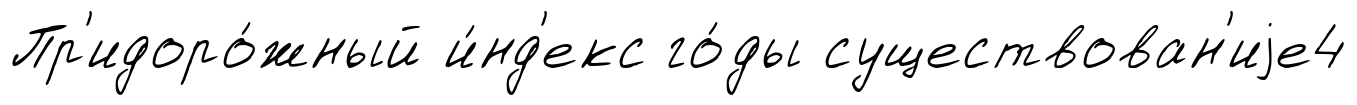
Пр'идоро́жный и́нд'екс го́ды существован'иjе4